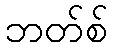
ဘတ်စ်